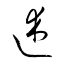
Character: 述